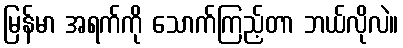
မြန်မာ အရက်ကို သောက်ကြည့်တာ ဘယ်လိုလဲ။